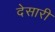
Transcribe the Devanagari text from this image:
देसारी